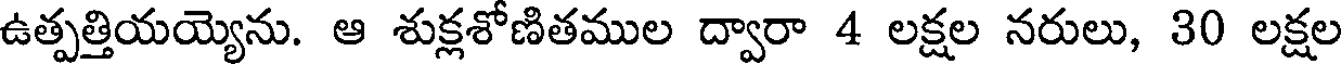
ఉత్పత్తియయ్యెను. ఆ శుక్లశోణితముల ద్వారా 4 లక్షల నరులు, 30 లక్షల